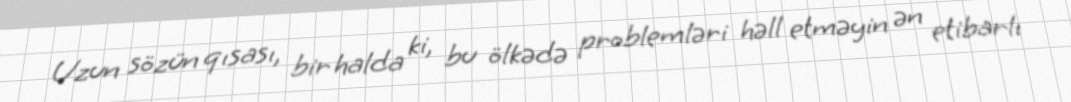
Uzun sözün qısası, bir halda ki, bu ölkədə problemləri həll etməyin ən etibarlı